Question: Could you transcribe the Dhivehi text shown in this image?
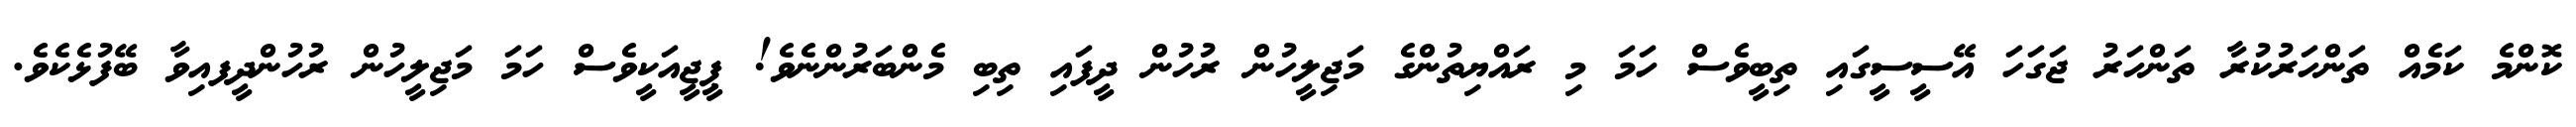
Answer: ކޮންމެ ކަމެއް ތަންހަރުކުރާ ތަންހަރު ޖަގަހަ އޭސީސީގައި ތިބީވެސް ހަމަ މި ރައްޔިތުންގެ މަޖިލީހުން ރުހުން ދީފައި ތިބި މެންބަރުންނެވެ! ޕީޖީއަކީވެސް ހަމަ މަޖިލީހުން ރުހުންދީފއިވާ ބޭފުޅެކެވެ.